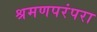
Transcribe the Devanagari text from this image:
श्रमणपरंपरा